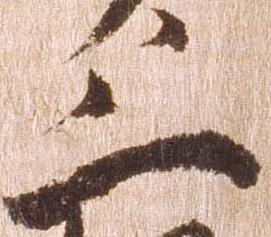
三